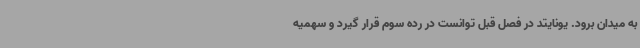
به میدان برود. یونایتد در فصل قبل توانست در رده سوم قرار گیرد و سهمیه